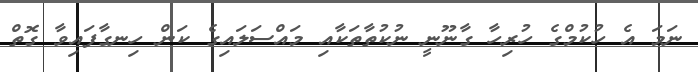
ނަމަ އެ ހުކުމްގެ ހުރިހާ ގާނޫނީ ނުކުތާތަކާއި މައްސަލައިގެ ކަން ހިނގާފައިވާ ގޮތް